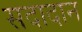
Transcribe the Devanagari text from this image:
सदादान